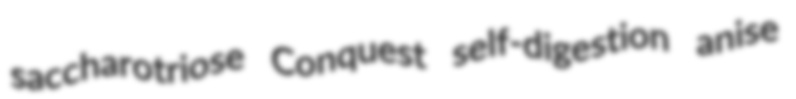
saccharotriose Conquest self-digestion anise